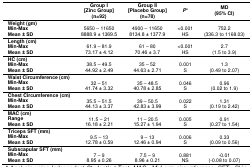
<table><thead><tr><td></td><td><b>Group I [Zinc Group] (n=92)</b></td><td><b>Group II [Placebo Group] (n=78)</b></td><td><b><i>P</i>*</b></td><td><b>MD (95% CI)</b></td></tr></thead><tbody><tr><td><b>Weight (gm) Min-Max Mean ± SD</b></td><td>5650 – 116508888.9 ± 1369.5</td><td>4900 – 116508134.8 ± 1377.9</td><td>&lt;0.001 HS</td><td>752.2 (336.3 to 1168.03)</td></tr><tr><td><b>Length (cm) Min-Max Mean ± SD</b></td><td>61.9 – 81.973.17 ± 4.12</td><td>61 – 8070.46 ± 3.7</td><td>&lt;0.001 HS</td><td>2.7 (1.5 to 3.9)</td></tr><tr><td><b>HC (cm) Min-Max Mean ± SD</b></td><td>38.5 – 49.544.92 ± 2.49</td><td>35 – 5244.63 ± 2.71</td><td>0.001 S</td><td>1.3 (0.49 to 2.07)</td></tr><tr><td><b>Waist Circumference (cm) Min-Max Mean ± SD</b></td><td>32 – 5141.74 ± 3.32</td><td>35 – 48.540.78 ± 2.85</td><td>0.046 S</td><td>0.96 (0.02 to 1.9)</td></tr><tr><td><b>Chest Circumference (cm) Min-Max Mean ± SD</b></td><td>35.5 – 51.544.13 ± 3.37</td><td>39 – 50.542.83 ± 3.99</td><td>0.022 S</td><td>1.31 (0.19 to 2.42)</td></tr><tr><td><b>MAC (cm) Range Mean ± SD</b></td><td>11.5 – 2116.18 ± 2.21</td><td>11 – 20.515.27 ± 1.94</td><td>0.005 S</td><td>0.91 (0.27 to 1.54)</td></tr><tr><td><b>Triceps SFT (mm) Min-Max Mean ± SD</b></td><td>9.5 – 1312.78 ± 0.59</td><td>9 – 1312.46 ± 0.94</td><td>0.006 S</td><td>0.33 (0.09 to 0.56)</td></tr><tr><td><b>Subscapular SFT (mm) Min-Max Mean ± SD</b></td><td>7 – 98.95 ± 0.26</td><td>7.5 – 98.96 ± 0.21</td><td>0.881 NS</td><td>-0.01 (-0.08 to 0.07)</td></tr></tbody></table>